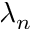
\lambda _ { n }